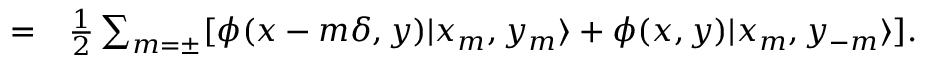
\begin{array} { r l } { = } & { { } \frac { 1 } { 2 } \sum _ { m = \pm } [ \phi ( x - m \delta , y ) | x _ { m } , y _ { m } \rangle + \phi ( x , y ) | x _ { m } , y _ { - m } \rangle ] . } \end{array}